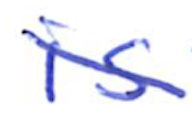
Text: is
Cross-out: diagonal
Writing tool: ballpoint